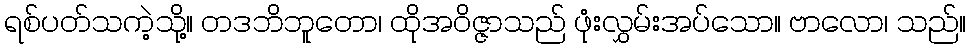
ရစ်ပတ်သကဲ့သို့။ တဒဘိဘူတော၊ ထိုအဝိဇ္ဇာသည် ဖုံးလွှမ်းအပ်သော။ ဗာလော၊ သည်။